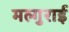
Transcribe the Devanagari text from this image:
मल्गुराई